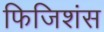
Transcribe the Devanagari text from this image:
फिजिशंस